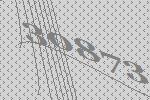
30873